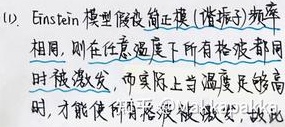
(12) Einstein 模型假设简正模（谐振子）频率相同，则在任意温度下所有格波都同时被激发，而实际上当温度足够高时，才能使所有格波被激发，故民